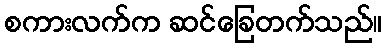
စကားလက်က ဆင်ခြေတက်သည်။